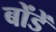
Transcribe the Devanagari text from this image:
बोंडें